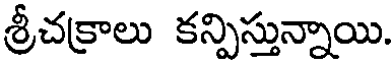
శ్రీచక్రాలు కన్పిస్తున్నాయి.